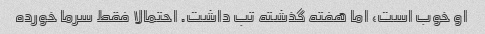
او خوب است، اما هفته گذشته تب داشت. احتمالا فقط سرما خورده